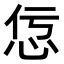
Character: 𢘢